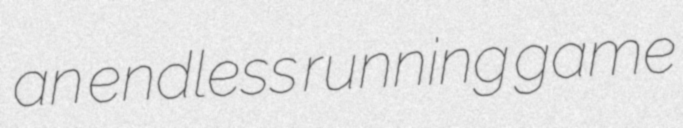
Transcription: an endless running game